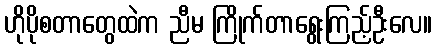
ဟိုပိုစတာတွေထဲက ညီမ ကြိုက်တာရွေးကြည့်ဦးလေ။